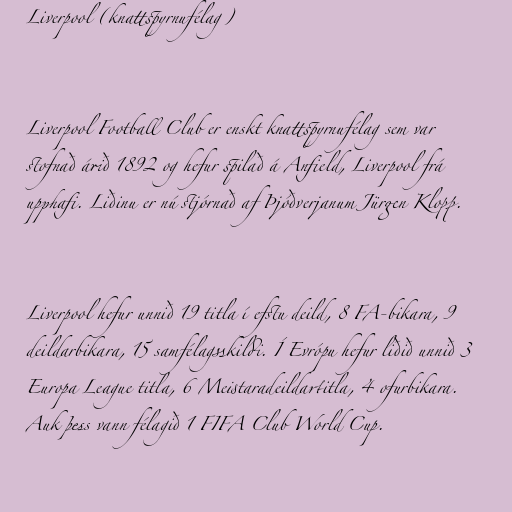
Liverpool (knattspyrnufélag)

Liverpool Football Club er enskt knattspyrnufélag sem var
stofnað árið 1892 og hefur spilað á Anfield, Liverpool frá
upphafi. Liðinu er nú stjórnað af Þjóðverjanum Jürgen Klopp.

Liverpool hefur unnið 19 titla í efstu deild, 8 FA-bikara, 9
deildarbikara, 15 samfélagsskildi. Í Evrópu hefur liðið unnið 3
Europa League titla, 6 Meistaradeildartitla, 4 ofurbikara.
Auk þess vann félagið 1 FIFA Club World Cup.